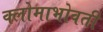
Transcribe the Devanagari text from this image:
क्लोमाभोवती